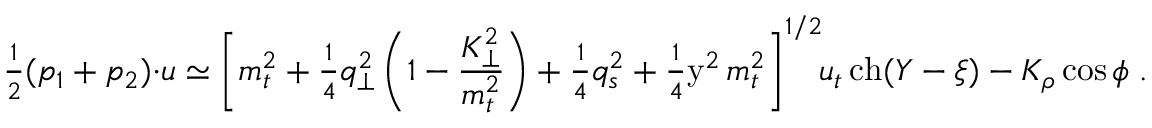
{ \textstyle \frac { 1 } { 2 } } ( p _ { 1 } + p _ { 2 } ) { \cdot } u \simeq \left[ m _ { t } ^ { 2 } + { \textstyle \frac { 1 } { 4 } } q _ { \perp } ^ { 2 } \left( 1 - \frac { K _ { \perp } ^ { 2 } } { m _ { t } ^ { 2 } } \right) + { \textstyle \frac { 1 } { 4 } } q _ { s } ^ { 2 } + { \textstyle \frac { 1 } { 4 } } \mathrm { y } ^ { 2 } \, m _ { t } ^ { 2 } \right] ^ { 1 / 2 } \! \! u _ { t } \, \mathrm { c h } ( Y - \xi ) - K _ { \rho } \cos \phi \; .